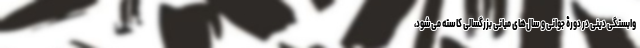
وابستگی دینی در دورۀ جوانی و سال‌های میانی بزرگسالی کاسته می‌شود،